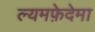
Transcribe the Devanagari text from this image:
ल्यमफ़ेदेमा